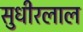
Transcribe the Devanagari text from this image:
सुधीरलाल